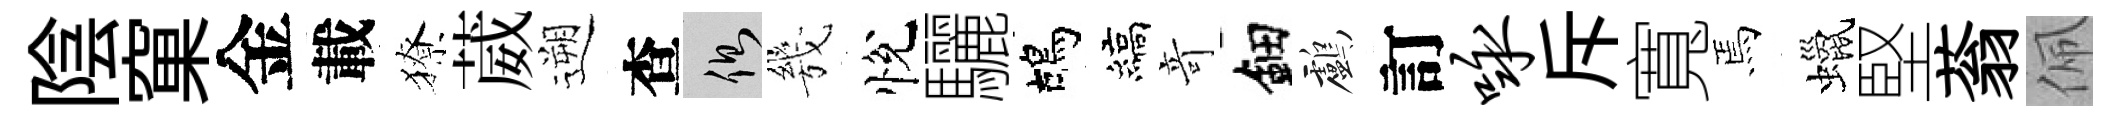
陰窠金載獠葳遡查側㡬悅驪鴣縞竒鈿鸕訂咏斥寬焉蠟堅蓊佩